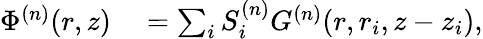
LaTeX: \begin{array}{rl}{\Phi^{(n)}(r,z)}&{{}=\sum_{i}S_{i}^{(n)}G^{(n)}(r,r_{i},z-z_{i}),}\end{array}